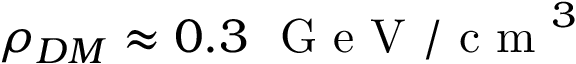
\rho _ { D M } \approx 0 . 3 ~ \mathrm { ~ G ~ e ~ V ~ / ~ c ~ m ~ } ^ { 3 }